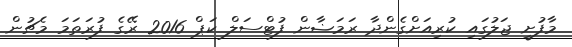
މާފުށީ ޖަލުގައި ކުރިއަށްގެންދާ ރަމަޟާން ފުޓްސަލް ކަޕް 2016 ރޭގެ ފުރަތަމަ މެޗުން